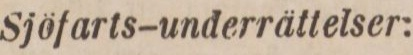
Sjöfarts–underrättelser: